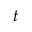
t